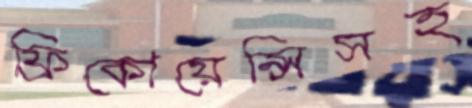
ফ্রিকোয়েন্সিসহ